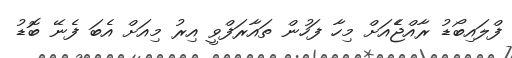
ފްލައިބޯޑު ރާއްޖެެއަށް މިހާ ފަހުން ތައާރަފްވީ އިރު މިއަށް އެބަ ފެނޭ ބޮޑު